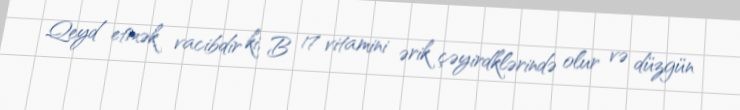
Qeyd etmək vacibdir ki, B 17 vitamini ərik çəyirdklərində olur və düzgün